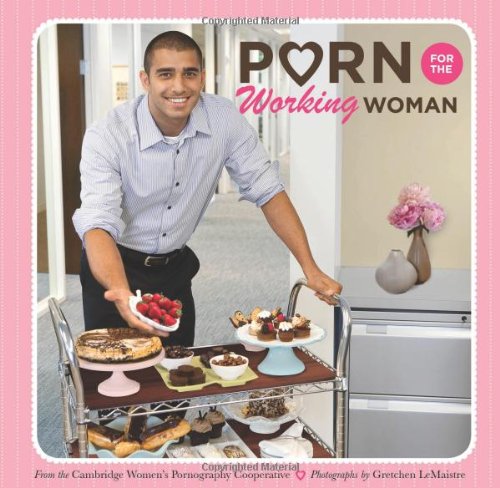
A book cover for Porn for the Working Woman; Cambridge Women's Pornography Cooperative; Humor & Entertainment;